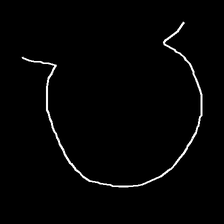
Glyph: weave